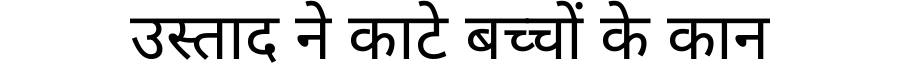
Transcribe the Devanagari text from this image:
उस्ताद ने काटे बच्चों के कान